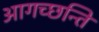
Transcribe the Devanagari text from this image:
आगच्छन्ति